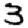
Digit: 3